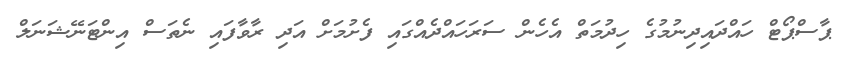
ޕާސްޕޯޓް ހައްދައިދިނުމުގެ ހިދުމަތް އެހެން ސަރަހައްދެއްގައި ފެށުމަށް އަދި ރާވާފައި ނެތަސް އިންޓަނޭޝަނަލް